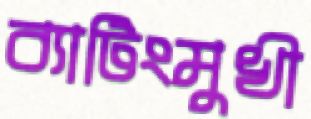
ব্যাটিংমুখী